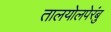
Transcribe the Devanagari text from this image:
तालयोलपेरंबु